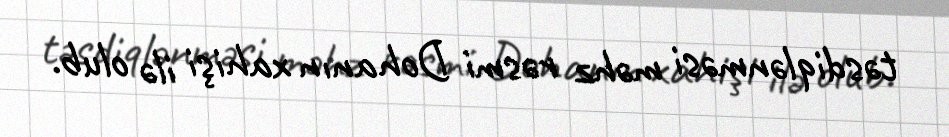
təsdiqlənməsi məhz rəsmi Dohanın xahişi ilə olub.